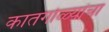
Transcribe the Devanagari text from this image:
कातगोळ्यांचा